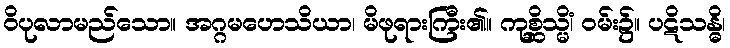
ဝိပုလာမည်သော။ အဂ္ဂမဟေသိယာ၊ မိဖုရားကြီး၏။ ကုစ္ဆိသ္မိံ၊ ဝမ်း၌။ ပဋိသန္ဓိ၊